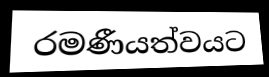
රමණීයත්වයට